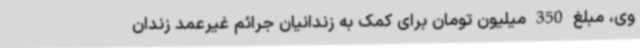
وی، مبلغ 350 میلیون تومان برای کمک به زندانیان جرائم غیرعمد زندان